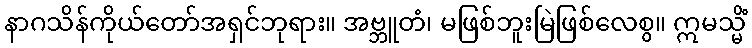
နာဂသိန်ကိုယ်တော်အရှင်ဘုရား။ အဗ္ဘူတံ၊ မဖြစ်ဘူးမြဲဖြစ်လေစွ။ ဣမသ္မိံ